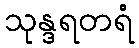
သုန္ဒရတရံ